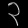
Digit: ၃